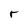
Character: r